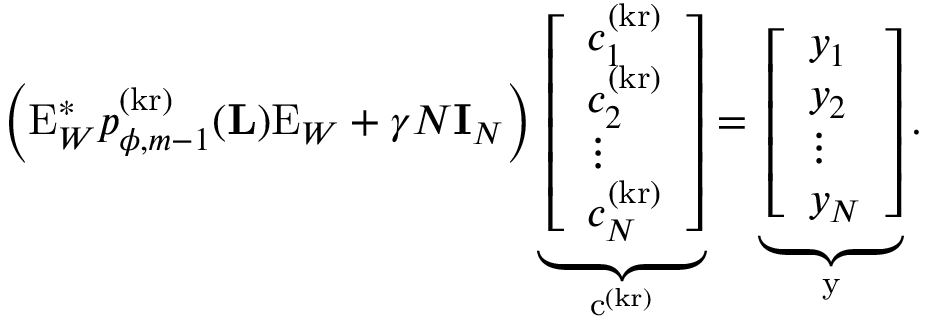
\Big ( \mathrm { E } _ { W } ^ { * } p _ { \phi , m - 1 } ^ { ( \mathrm { k r } ) } ( \mathbf { L } ) \mathrm { E } _ { W } + \gamma N \mathbf { I } _ { N } \Big ) \underbrace { \left[ \begin{array} { l } { c _ { 1 } ^ { ( \mathrm { k r } ) } } \\ { c _ { 2 } ^ { ( \mathrm { k r } ) } } \\ { \vdots } \\ { c _ { N } ^ { ( \mathrm { k r } ) } } \end{array} \right] } _ { \mathrm { c } ^ { ( \mathrm { k r } ) } } = \underbrace { \left[ \begin{array} { l } { y _ { 1 } } \\ { y _ { 2 } } \\ { \vdots } \\ { y _ { N } } \end{array} \right] } _ { \mathrm { y } } .